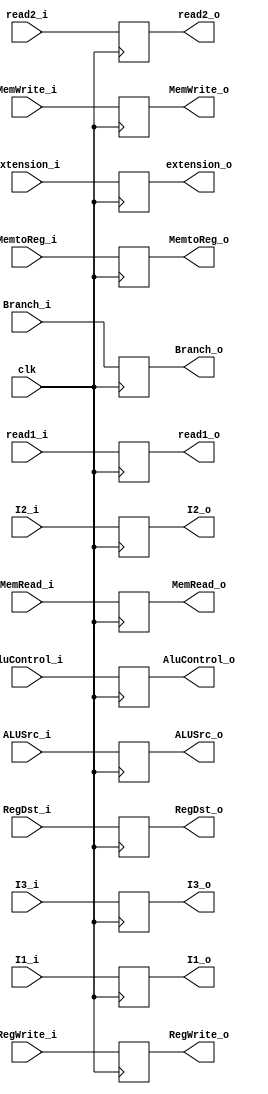
module ID_EX_regf(MemtoReg_o, RegWrite_o, Branch_o, MemWrite_o, 
MemRead_o, RegDst_o, AluControl_o, ALUSrc_o, read1_o, read2_o,
 extension_o, I1_o, I2_o, I3_o,
 MemtoReg_i, RegWrite_i, Branch_i, MemWrite_i, MemRead_i, RegDst_i, 
 AluControl_i, ALUSrc_i, read1_i, read2_i, extension_i, I1_i, I2_i, I3_i, clk);

input MemtoReg_i, RegWrite_i, Branch_i, MemWrite_i, MemRead_i, RegDst_i, ALUSrc_i, clk;
input [3:0] AluControl_i;
input [4:0] I1_i, I2_i, I3_i;
input [31:0] read1_i, read2_i, extension_i;
output MemtoReg_o, RegWrite_o, Branch_o, MemWrite_o, 
MemRead_o, RegDst_o, ALUSrc_o;
output [3:0] AluControl_o;
output [4:0] I1_o, I2_o, I3_o;
output [31:0] read1_o, read2_o, extension_o;


reg MemtoReg_o, RegWrite_o, Branch_o, MemWrite_o, 
MemRead_o, RegDst_o, ALUSrc_o;
reg [3:0] AluControl_o;
reg [4:0] I1_o, I2_o, I3_o;
reg [31:0] read1_o, read2_o, extension_o;



always @(posedge clk)
begin
    MemtoReg_o=MemtoReg_i;
    RegWrite_o=RegWrite_i;
    Branch_o=Branch_i;
    MemWrite_o=MemWrite_i;
    MemRead_o=MemRead_i;
    RegDst_o=RegDst_i;
    ALUSrc_o=ALUSrc_i;
    AluControl_o=AluControl_i;
    I1_o=I1_i;
    I2_o=I2_i;
    I3_o=I3_i;
    read1_o=read1_i;
    read2_o=read2_i;
    extension_o=extension_i;   
end



endmodule